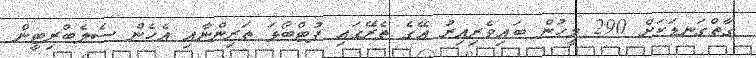
ގާތްގަނޑަކަށް 290 މީހުން ބައިވެރިއިރު އޭގެ ތެރޭގައި ފުޓްބޯޅަ ތަރިންނާއި އެހެން ސެލެބްރިޓީން